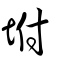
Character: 坿